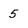
Character: 5